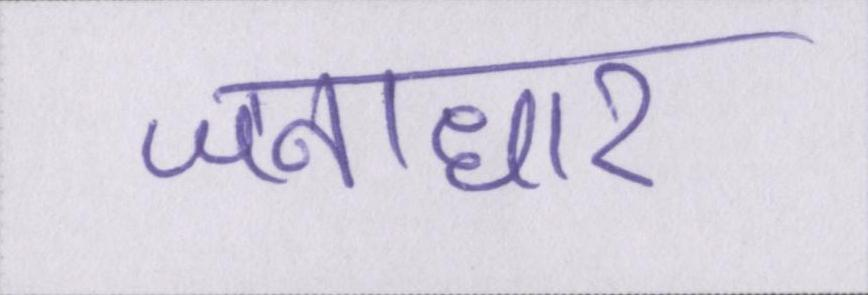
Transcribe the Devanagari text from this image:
जनाधार